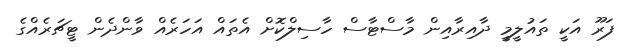
ފަރޫ އަކީ ތައުލީމީ ދާއިރާއިން މާސްޓާސް ހާސިލްކޮށް އެތައް އަހަރެއް ވާންދެން ޓީޗަރެއްގެ